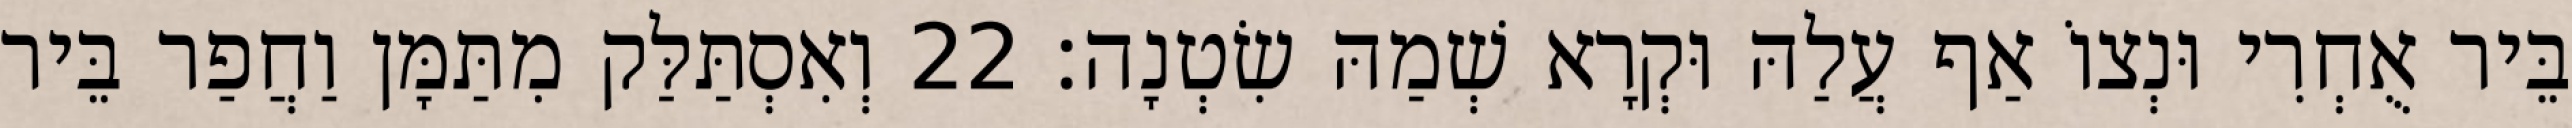
בֵּיר אֻחְרִי וּנְצוֹ אַף עֲלַהּ וּקְרָא שְׁמַהּ שִׂטְנָה׃ 22 וְאִסְתַּלַּק מִתַּמָּן וַחֲפַר בֵּיר